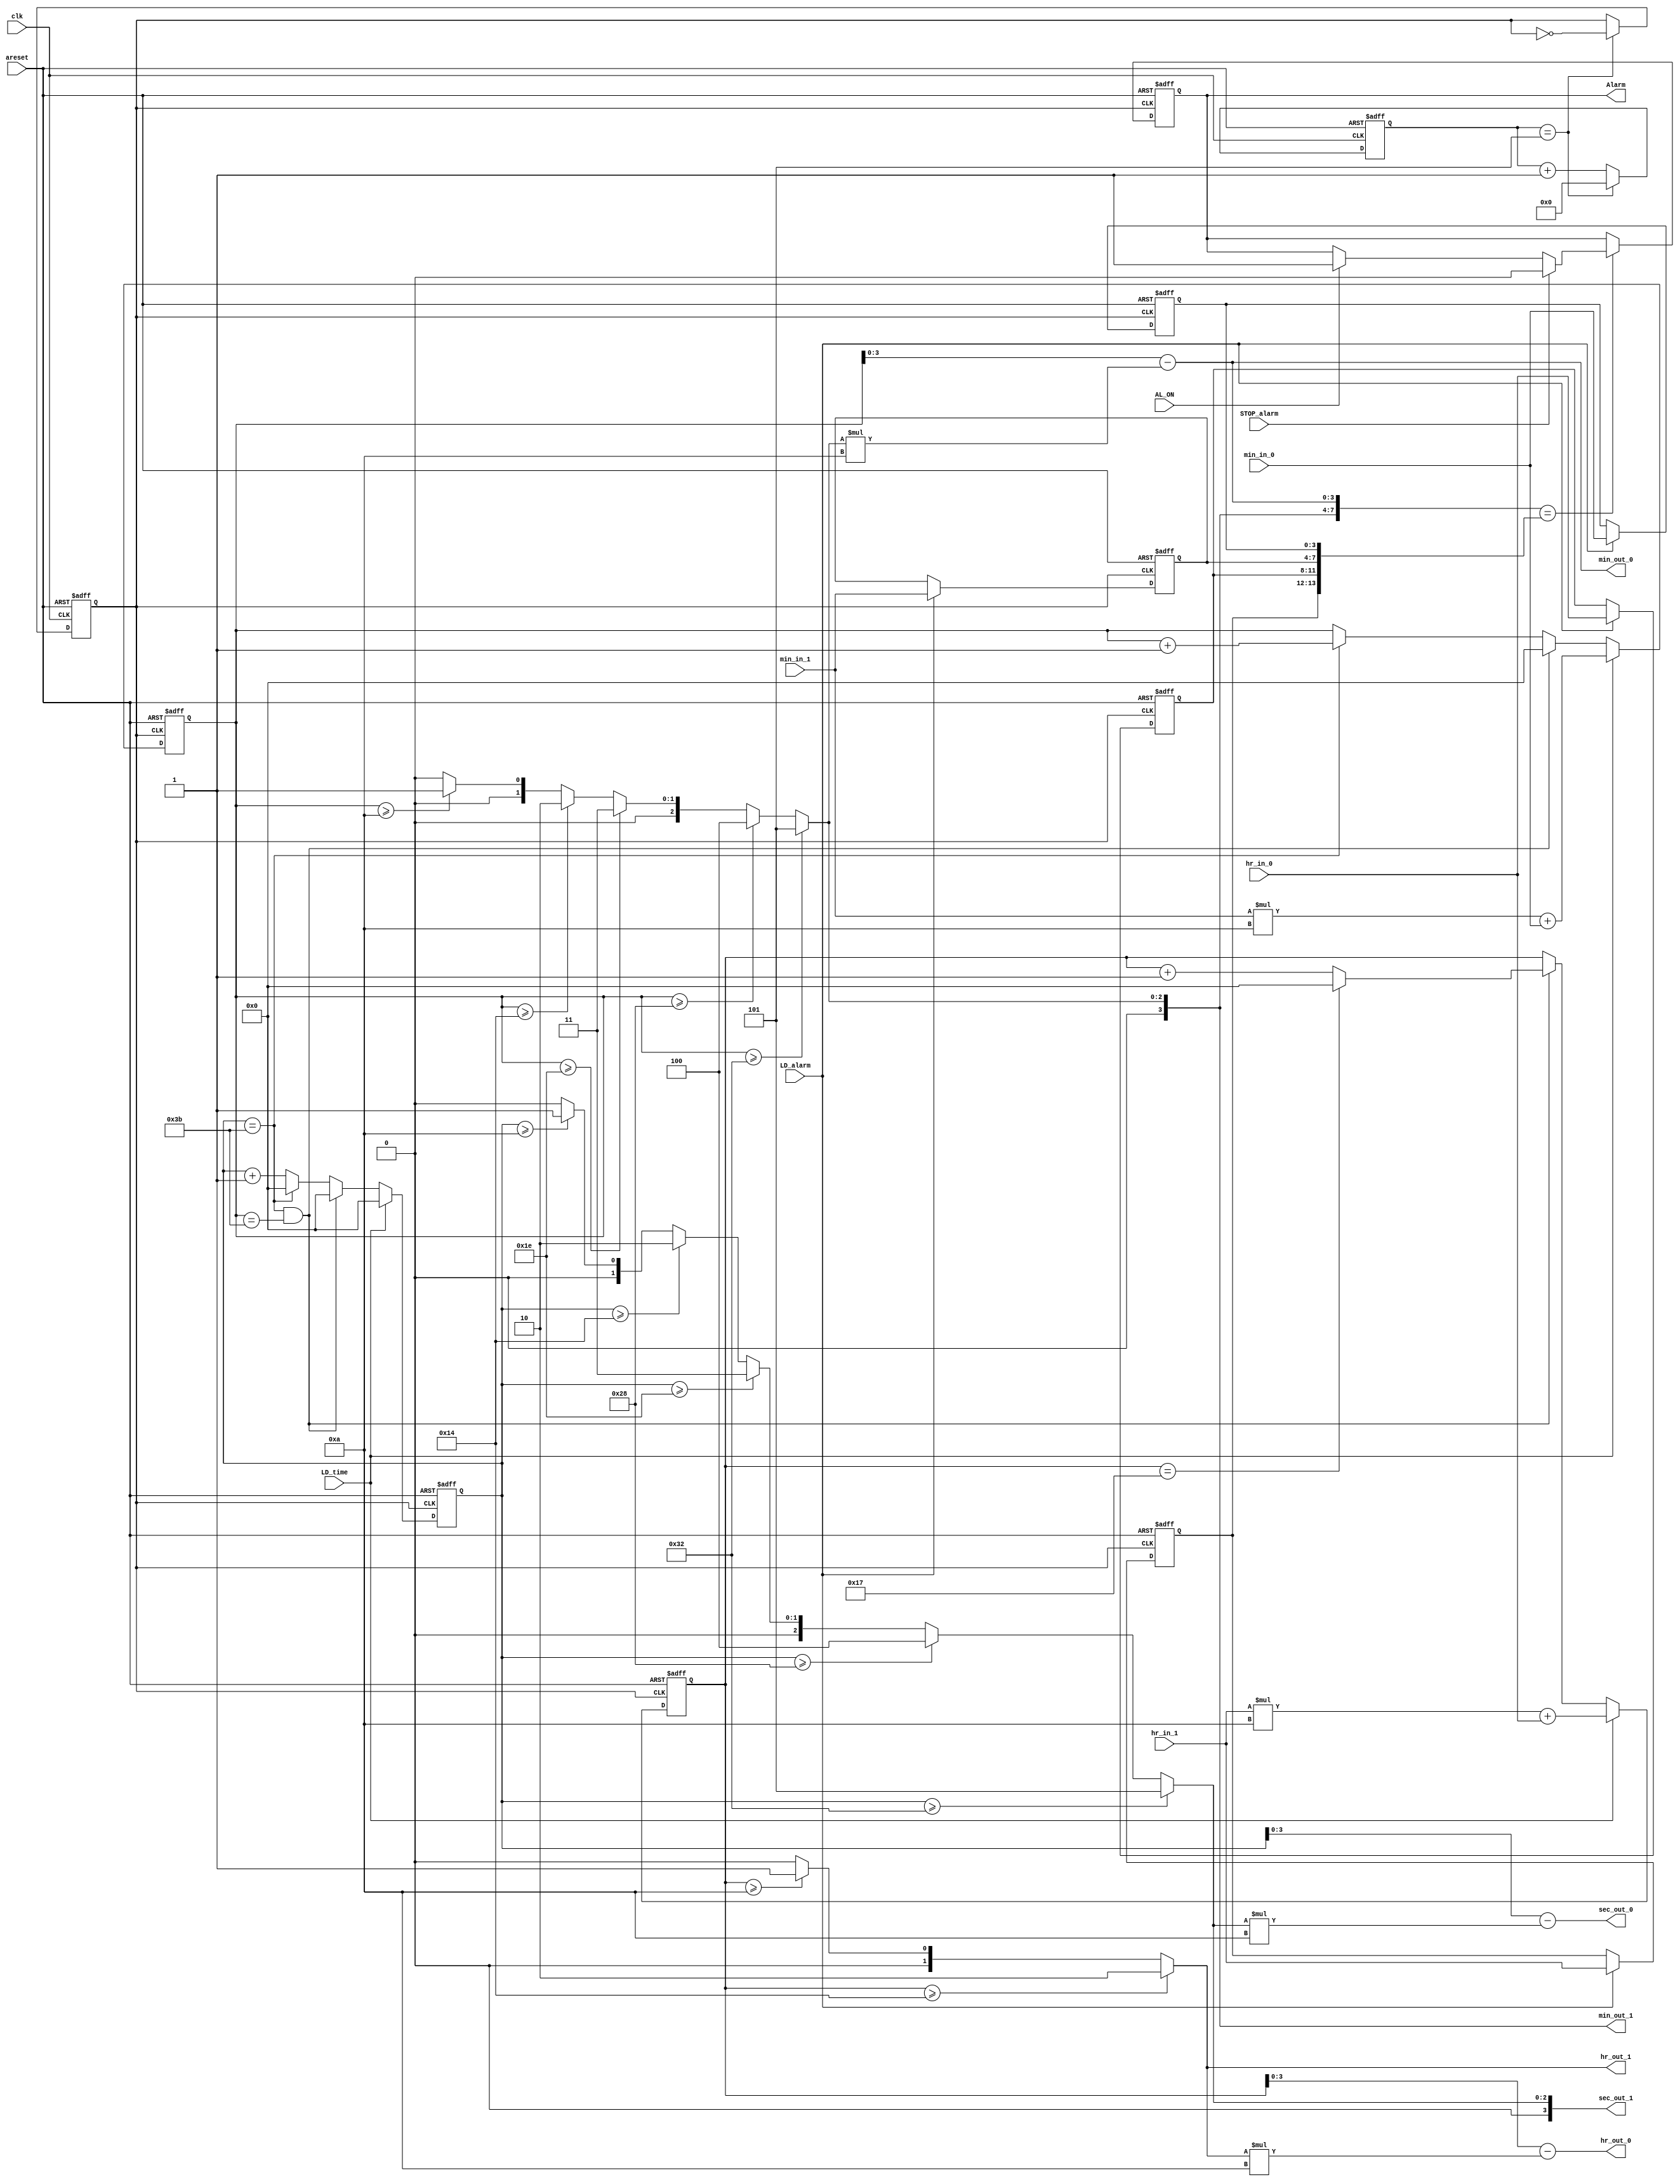
module alarm_clock(
  input clk,				//10Hz clock 
  input areset,			        //Asynchronous reset
  input [1:0] hr_in_1,	    		//Most significant input hour digit
  input [3:0] hr_in_0,	    		//Least significant input hour digit
  input [3:0] min_in_1,	  		//Most significant input minute digit
  input [3:0] min_in_0,	  		//Least significant input minute digit
  input LD_alarm,		        //signal to set alarm
  input LD_time,			//signal to set time 
  input STOP_alarm, 		    	//signal to stop alarm
  input AL_ON,			        //signal if alarm function is enable or not
  output [1:0] hr_out_1,	 	//Most significant output hour digit
  output [3:0] hr_out_0,   		//Least significant output hour digit
  output [3:0] min_out_1,  		//Most significant output minute digit
  output [3:0] min_out_0,  		//Least significant output minute digit
  output [3:0] sec_out_1,  		//Most significant output second digit
  output [3:0] sec_out_0,  		//Least significant output second digit
  output reg Alarm);		    	//alarm signal
						 
	reg [5:0] hr_temp, min_temp, sec_temp; 
	reg [1:0] hr_al_1, hr_curr_1;
	reg [3:0] hr_al_0, hr_curr_0;
	reg [3:0] min_al_1, min_curr_1;
	reg [3:0] min_al_0, min_curr_0;
	reg [3:0] sec_al_1, sec_curr_1;
	reg [3:0] sec_al_0, sec_curr_0;
	reg clk_1s;
	reg [3:0] count_1s;
	
	function [3:0] mod_10;
		input [5:0] number;
		begin
			mod_10 = (number >=50) ? 5 : ((number >= 40)? 4 :((number >= 30)? 3 :((number >= 20)? 2 :((number >= 10)? 1 :0))));
		end
	endfunction

	always@(posedge clk_1s,posedge areset) begin
		if(areset) begin
			hr_al_1<=2'b00;
			hr_al_0<=4'b0000;
			min_al_1<=4'b0000;
			min_al_0<=4'b0000;
			sec_al_1<=4'b0000;
			sec_al_0<=4'b0000;
			hr_temp<=6'b000000;
			min_temp<=6'b000000;
			sec_temp<=6'b000000;
		end
		else begin
			if(LD_alarm) begin
				hr_al_1<=hr_in_1;
				hr_al_0<=hr_in_0;
				min_al_1<=min_in_1;
				min_al_0<=min_in_0;
				sec_al_1<=4'b0000;
				sec_al_0<=4'b0000;
			end
			if(LD_time) begin
				hr_temp<=hr_in_1*10+hr_in_0;
				min_temp<=min_in_1*10+min_in_0;
				sec_temp<=6'b000000;
			end
			else begin
				if(sec_temp==59 & min_temp==59) begin
					hr_temp<=(hr_temp==23)?0:hr_temp+1;
					sec_temp<=0;
					min_temp<=0;
				end
				else if(sec_temp==59) begin
					min_temp<=min_temp+1;
					sec_temp<=0;
				end
				else sec_temp<=sec_temp+1;
			end
		end
	end
	
	always@(*) begin
		if(hr_temp>=20) hr_curr_1 = 2;
		else if(hr_temp >=10) hr_curr_1 = 1;
		else hr_curr_1 = 0;
		hr_curr_0 = hr_temp - hr_curr_1*10; 
		min_curr_1 = mod_10(min_temp); 
		min_curr_0 = min_temp - min_curr_1*10;
		sec_curr_1 = mod_10(sec_temp);
		sec_curr_0 = sec_temp - sec_curr_1*10; 
	end
	
	always@(posedge clk_1s,posedge areset) begin
		if(areset) Alarm<=0;
		else begin
			if({hr_curr_1,hr_curr_0,min_curr_1,min_curr_0}=={hr_al_1,hr_al_0,min_al_1,min_al_0}) begin
				if(AL_ON) Alarm<=1;
				if(STOP_alarm) Alarm<=0;
			end
		end
	end
	
	always@(posedge clk,posedge areset) begin
		if(areset) begin
			count_1s<=0;
			clk_1s<=0;
		end
		else begin
			count_1s<=count_1s+1;
			if(count_1s==5) begin
				clk_1s <= ~clk_1s;
				count_1s<=0;
			end
		end
	end
	
	assign hr_out_1 = hr_curr_1;
	assign hr_out_0 = hr_curr_0;
	assign min_out_1 = min_curr_1;
	assign min_out_0 = min_curr_0;
	assign sec_out_1 = sec_curr_1;
	assign sec_out_0 = sec_curr_0;
	
endmodule